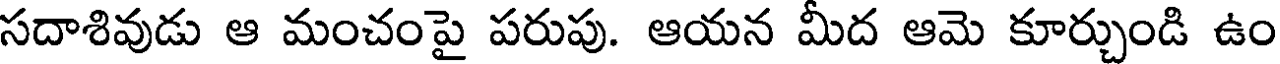
సదాశివుడు ఆ మంచంపై పరుపు. ఆయన మీద ఆమె కూర్చుండి ఉం